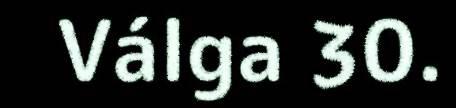
Válga 30.